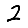
Digit: 2